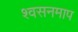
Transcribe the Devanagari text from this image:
श्वसनमाप